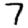
Digit: 7